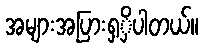
အများအပြားရှှိပါတယ်။